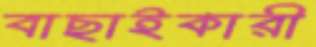
বাছাইকারী